Vital statistics of India. Vol. V, Reports of 1876 on armies & jails and on epidemic cholera
Year: 1876
Disease focus: Cholera
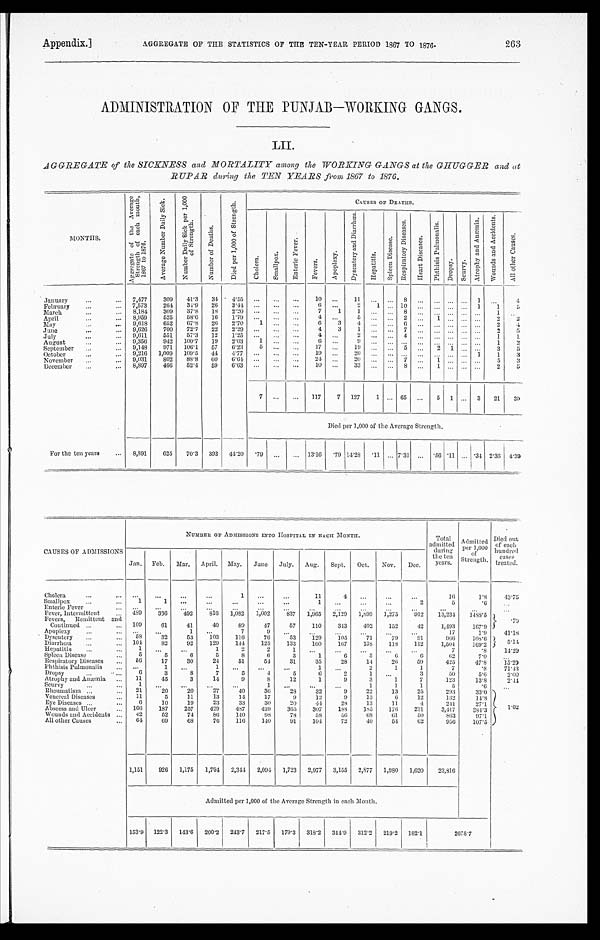
Appendix.]
AGGREGATE OF THE STATISTICS OF THE TEN-YEAR PERIOD 1897 TO 1876.
263
ADMINISTRATION OF THE PUNJAB-WORKING GANGS.
LII.
AGGREGATE of the SICKNESS and MORTALITY among the WORKING GANGS at the GHUGGER and at
RUPAR during the TEN YEARS from 1867 to 1876.
MONTHS.
A g g r e g a t e o f t h e A v a r a g e S t r e n g t h o f e a c h m o n t h , 1 8 6 7 t o 1 8 7 6 .
A v e r a g e N u m b e r D a i l y S i c k . N u m b e r D a i l y S i c k p e r 1 , 0 0 0 o f S t r e n g t h .
N u m b e r o f D e a t h s .
D i e d p e r 1 , 0 0 0 o f S t r e n g t h .
CAUSES OF DEATHS.
C h o l e r a .
S m a l l p o x .
E n t e r i c F e v e r .
F e v e r s .
A p o p l e x y .
D y s n t a e r y a n d D i a r r h œ a .
H e p a t i t i s .
S p l e e n D i s e a s .
R e s p i r a t e r y D i s e a s e s . Hear t Di s eas es .
P h t h i s i s P u l m o n a l i s .
D r o p s y . S c u r v y .
A t r o p h y a n d A n æ m i a .
W o u n d s a n d A c c i d e n t s .
A l l o t h e r C a u s e s .
J a n u a r y
7 , 4 7 7 309 41.3 34 4.55
10
11
8
1
4
February
7,573 264 34.9 26 3.44
6
2 1
10
1 1 5
M a r c h
8,184 309 37.8 18 2.20
7 1
1
8
1
A p r i l
8,959 525 58.6 16 1.79
4
5
8 2
2
2
M a y 9,618 652 67.8 26 2.70 1
6 3 4
6
2
4
J u n e
9 , 6 2 6 700 72.7 22 2.29
4 3 1
7
2 5
J u l y 9,611 551 57.3 12 1.25
4
2
4
1
1
A u g u s t 9,356 942 100.7 19 2.03 1
6
9
1 2
S e p t e m b e r
9,148 971 106.1 57
6. 23 5
17
1 9
5
2 1
3 5
October
9,216 1,009 109.5
4 4
4. 77
19
2 0
1 1 3
November
9,031 802 88.8
6 0 6.64
2 4
20
7
1
5 3
December
8,897 466 52.4 59
6. 63
10
33
8
1
2 5
7
117 7 127 1
65
5 1
3 21 39
Died per 1,000 of the Average Strength.
For the ten years
8,891 625 70.3 393
44. 20 .79
13.10 . 79 14.28 . 11 7.31
.56 .11
.34 2.36 4 . 3 9
CAUSES OF ADMISSIONS
NUMBER OF ADMISSIONS INTO HOSPITAL IN EACH MONTH.
Total
admitted during
the ten
years.
Admitted
per 1,000 of
Strength.
Died out
of each
hundred cases
treated.
Jan. Feb. Mar. April. May. June July. Aug. Sept. Oct. Nov. Dec.
Cholera
1
11
4
16
1.8 4 3 . 7 5
Smallpox
1
1
1
2
5
. 6
Enteric Fever
Fever, Intermittent
489 336 492 816 1,082 1,002 837 1,965 2,129 1,899 1,275 912 13,234 1488.5
.79
Fevers, Remittent and
Continued
109
61
41
40
89
47
57 110 343 402 152
42
1,493
167.9
Apoplexy
1
7
9
17
1.9
4 1 . 1 8
D y s e n t e r y 58 3 2
53 103 116
76
53 129 1 0 5
71
79
91
966
108.6 5 . 1 4
Diarrhœa
104 82
92 129 144 125 133 160 167 138 118 112
1,504 169.2
Hepatitis
1
1
2
2
1
7
. 8 1 4 . 2 9
Spleen Disease
5
5
6
5
8
6
3
1 6
5
6
6
6 2
7.0
Respiratory Diseases
56
17
30
24
51
54
31
35
28
14
26 59
425
47.8 15.29
Pht hi si s Pul monal i s
1
1
1
2
1
1
7
. 8 7 1 . 1 3
Dropsy
6
3
8
7
5
4
5
6
2
1
3
50
5.6
2 . 0 0
Atrophy and Anæmia
11
45
3
14
9
8
12
1
9
3
1
7
123
13.8
2 . 4 4
Scurvy
1
1
1
1
1
5
. 6
Rheumatism
21
20
20
2 7
40
36
28
32
9
22
13
25
293
33.0
1 . 0 2
Venereal Diseases
11
5
11
13
14
17
9
12
9
13
6
12
132
14.8
Eye Diseases
6
10
19
23
33
30
20
44
28
13
11
4
2 4 1
27.1
Abscess and Ulcer
166 187 257 429 487 439 365 307 188 185 176 231
3,417
384.3
Wounds and Accidents 42
52
74
86 140
98
78
58
56
6 8
61
50
863
97.1
All other Causes
6 4 69
68
76 116 140
91 104
72
40
54 62
956
107.5
1,151 926 1,175 1,794 2,344 2,094 1,723 2,977 3,155 2,877 1,980 1,620 23,816
Admitted per 1,000 of the Average Strength in each Month.
153.9 122.3 143.6 200.2 243.7 217.5 179.3 318.2 344.9 312.2 219.2 182.1
2 6 7 8 . 7